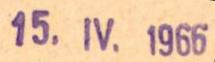
15. IV. 1966